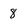
Character: 8